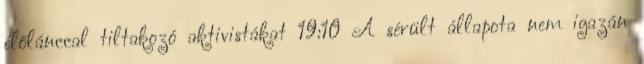
élőlánccal tiltakozó aktivistákat 19:10 A sérült állapota nem igazán